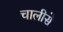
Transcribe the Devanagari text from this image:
चालीसे